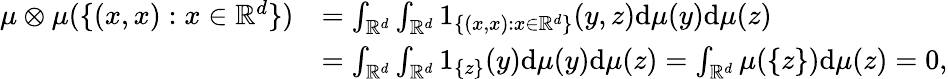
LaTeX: \begin{array}{rl}{\mu\otimes\mu(\{ (x,x):x\in\mathbb{R}^{d}\} )}&{=\int_{\mathbb{R}^{d}}\int_{\mathbb{R}^{d}}1_{\{ (x,x):x\in\mathbb{R}^{d}\} }(y,z)\mathrm{d}\mu(y)\mathrm{d}\mu(z)}\\ &{=\int_{\mathbb{R}^{d}}\int_{\mathbb{R}^{d}}1_{\{ z\} }(y)\mathrm{d}\mu(y)\mathrm{d}\mu(z)=\int_{\mathbb{R}^{d}}\mu(\{ z\} )\mathrm{d}\mu(z)=0,}\end{array}